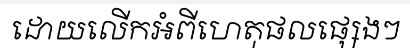
ដោយលើកអំពីហេតុផលផ្សេងៗ